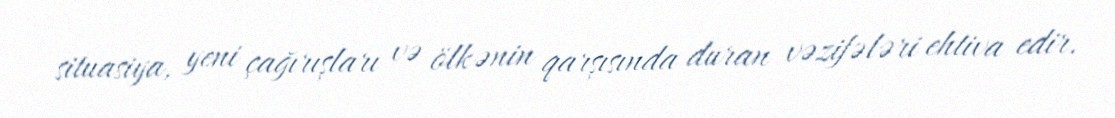
situasiya, yeni çağırışları və ölkənin qarşısında duran vəzifələri ehtiva edir.